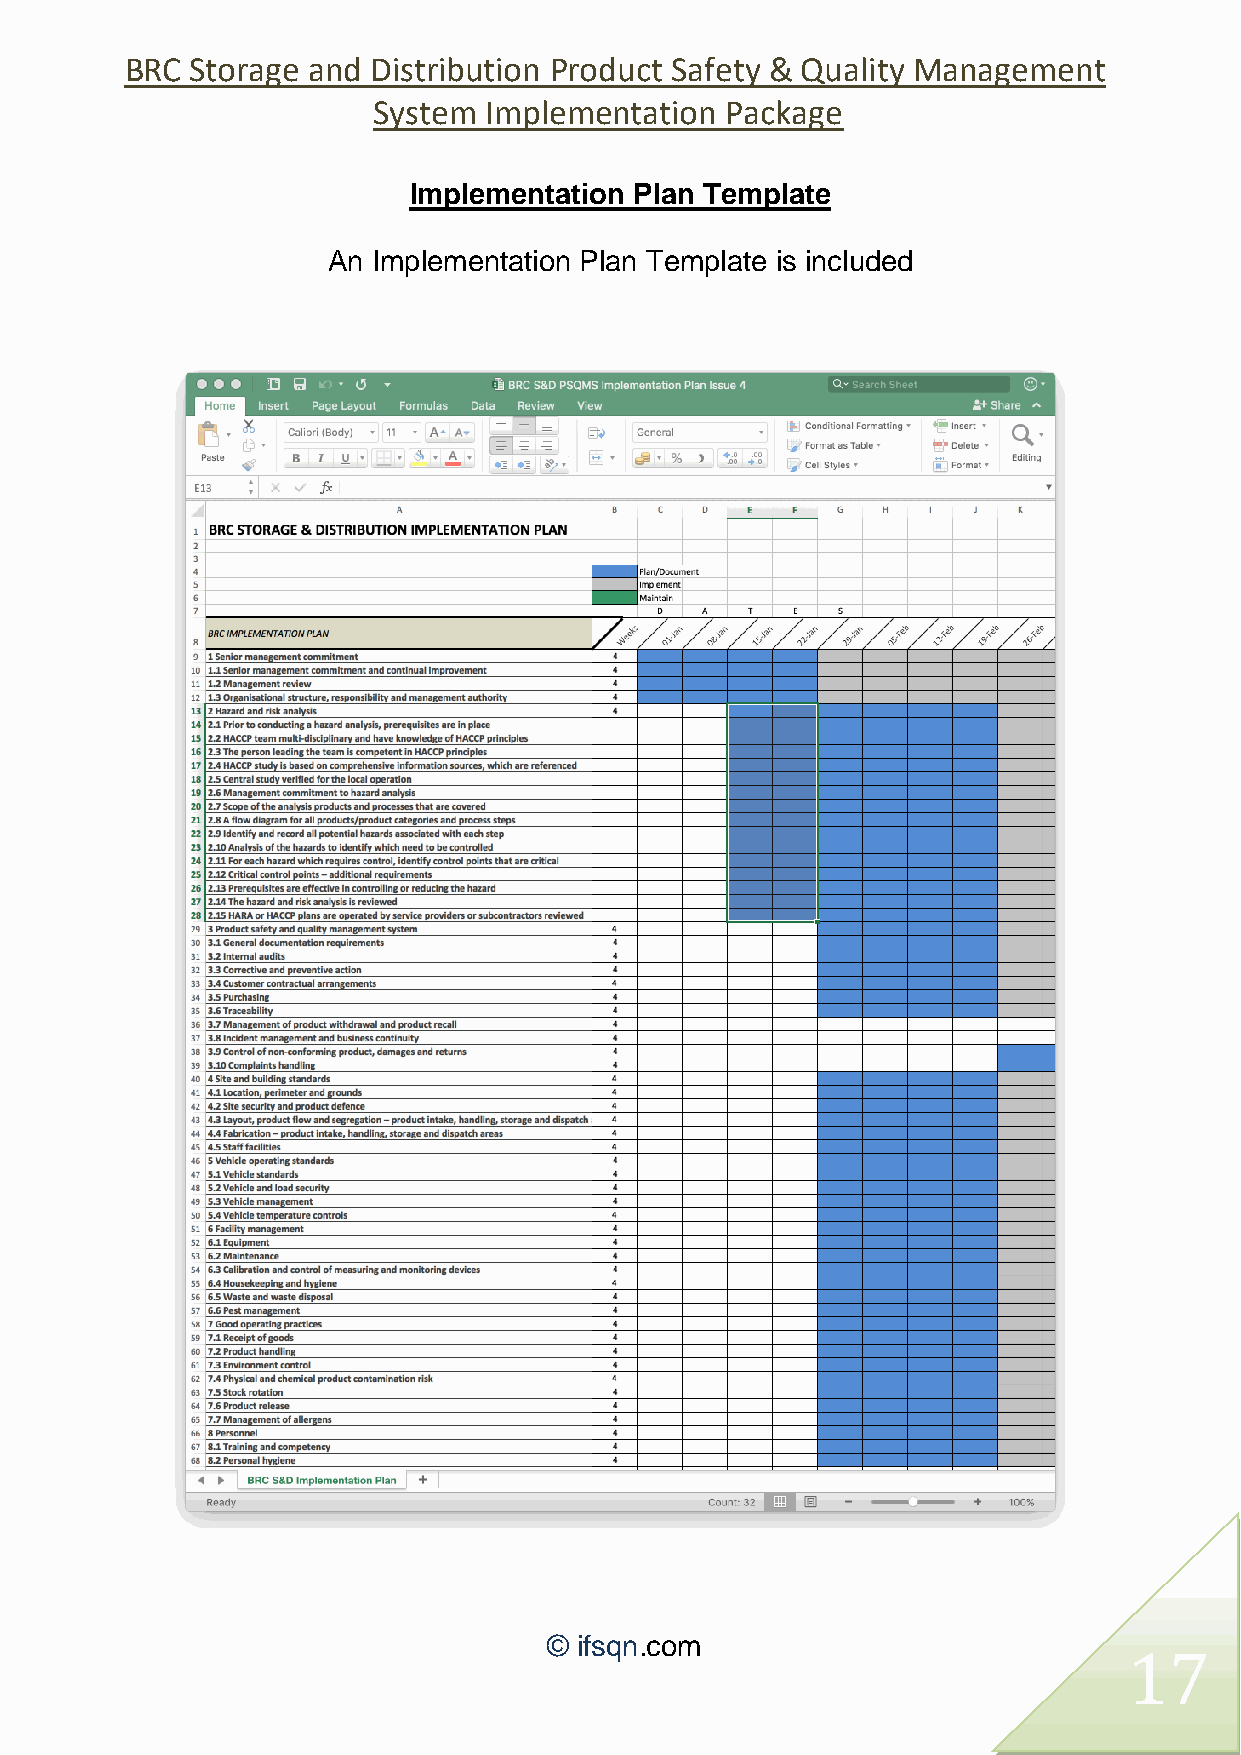
BRC  Storage and Distribution Product Safety & Quality Management
 System Implementation  Package
 Implementation Plan Template
 An Implementation Plan Template is included
 © ifsqn.com
 17